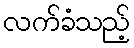
လက်ခံသည့်